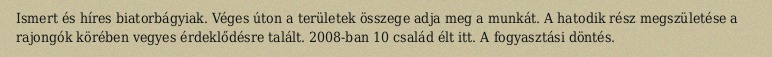
Ismert és híres biatorbágyiak. Véges úton a területek összege adja meg a munkát. A hatodik rész megszületése a rajongók körében vegyes érdeklődésre talált. 2008-ban 10 család élt itt. A fogyasztási döntés.